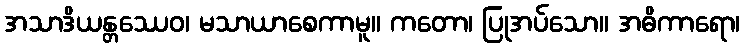
အသာဒိယန္တဿေဝ၊ မသာယာစေကာမူ။ ကတော၊ ပြုအပ်သော။ အဓိကာရော၊